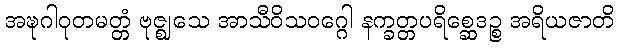
အဍ္ဎဂါဝုတမတ္တံ ဗုဇ္ဈသေ အာသီဝိသဝဂ္ဂေါ နက္ခတ္တပရိစ္ဆေဒဉ္စ အရိယဇာတိ